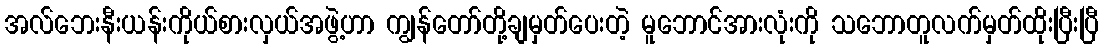
အလ်ဘေးနီးယန်းကိုယ်စားလှယ်အဖွဲ့ဟာ ကျွန်တော်တို့ချမှတ်ပေးတဲ့ မူဘောင်အားလုံးကို သဘောတူလက်မှတ်ထိုးပြီးပြီ